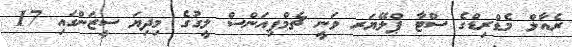
ރެއާލް މެޑްރިޑްގެ ސްޓާ ޕްލޭޔަރ ވަނީ ޗެމްޕިއަންސް ލީގުގެ މިދިޔަ ސީޒަންގައި 17